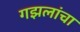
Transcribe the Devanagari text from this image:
गझलांचा